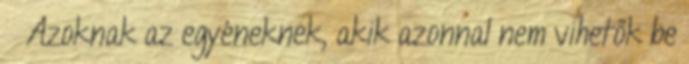
 Azoknak az egyéneknek, akik azonnal nem vihetők be